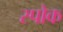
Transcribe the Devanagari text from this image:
स्‍पोक